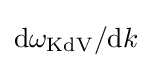
\mathrm {d} \omega _{\mathrm {KdV} }/\mathrm {d} k